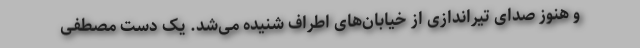
و هنوز صدای تیراندازی از خیابان‌های اطراف شنیده می‌شد. یک دست مصطفی